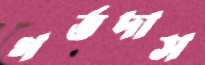
গর্ভদাস